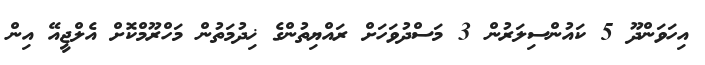
އިހަވަންދޫ 5 ކައުންސިލަރުން 3 މަސްދުވަހަށް ރައްޔިތުންގެ ޚިދުމަތުން މަހްރޫމްކޮށް އެލްޖީއޭ އިން